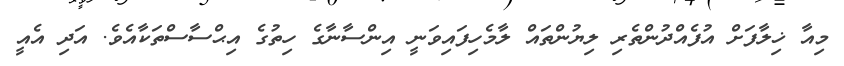
މިއާ ޚިލާފަށް އުފެއްދުންތެރި ލިޔުންތައް ލާމެހިފައިވަނީ އިންސާނާގެ ހިތުގެ އިޙްސާސްތަކާއެވެ. އަދި އެއީ